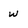
Character: w